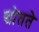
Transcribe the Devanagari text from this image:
द्योतते